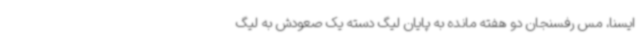
ایسنا، مس رفسنجان دو هفته مانده به پایان لیگ دسته یک صعودش به لیگ